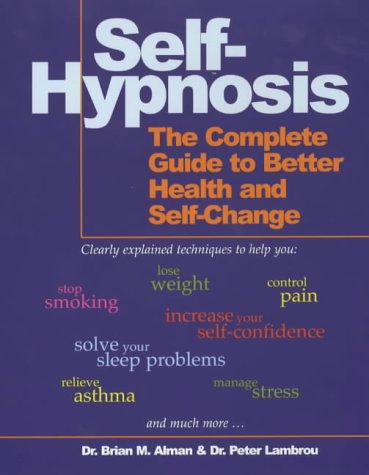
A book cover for Self-Hypnosis: The Complete Guide to Better Health and Self-change; Brian M. Alman; Health, Fitness & Dieting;